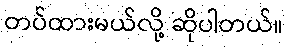
တပ်ထားမယ်လို့ ဆိုပါတယ်။